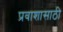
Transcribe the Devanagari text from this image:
प्रवाशासाठी